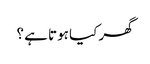
گھر کیا ہوتا ہے ؟